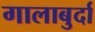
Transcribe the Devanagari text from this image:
गालाबुर्दा